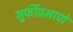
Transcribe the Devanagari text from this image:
सुफींप्रमाणे